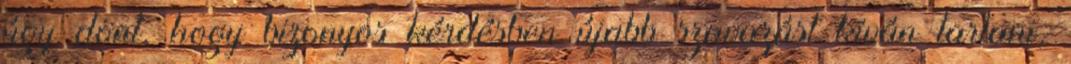
úgy dönt, hogy bizonyos kérdésben újabb szavazást kíván tartani,